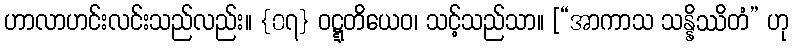
ဟာလာဟင်းလင်းသည်လည်း။ {၀၇} ဝဋ္ဋတိယေဝ၊ သင့်သည်သာ။ [“အာကာသ သန္နိဿိတံ” ဟု